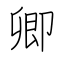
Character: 卿